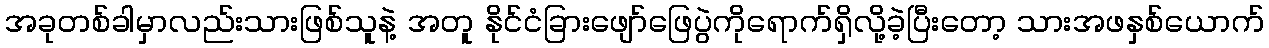
အခုတစ်ခါမှာလည်းသားဖြစ်သူနဲ့ အတူ နိုင်ငံခြားဖျော်ဖြေပွဲကိုရောက်ရှိလို့ခဲ့ပြီးတော့ သားအဖနှစ်ယောက်